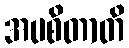
အပစိတာတိ